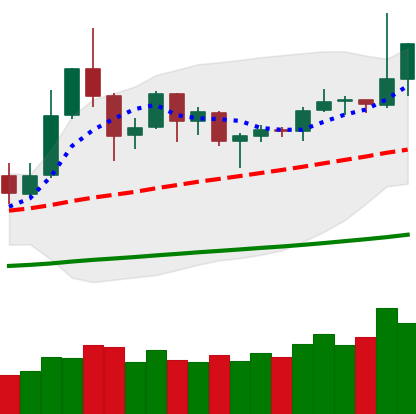
Ticker: DOGE-USD
Chart end date: 2019-05-31
Forward return: -10.782%
Label: down_7plus